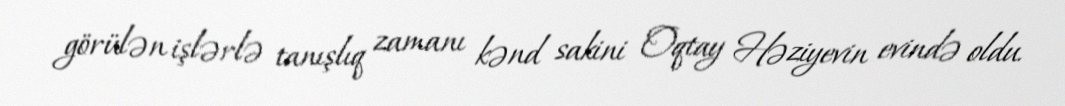
görülən işlərlə tanışlıq zamanı kənd sakini Oqtay Həziyevin evində oldu.